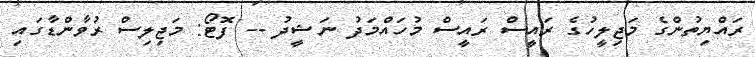
ރައްޔިތުންގެ މަޖިލީހުގެ ރައީސް ރައީސް މުހައްމަދު ނަޝީދު -- ފޮޓޯ: މަޖިލިސް ރުވާންޑާގައި